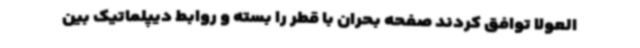
العولا توافق کردند صفحه بحران با قطر را بسته و روابط دیپلماتیک بین